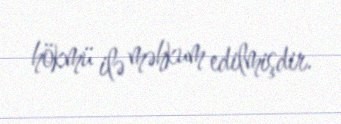
hökmü ilə məhkum edilmişdir.